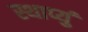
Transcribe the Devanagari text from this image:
स्थाप्युं